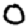
Digit: 0